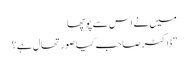
میں نے اس سے پوچھا
”ڈاکٹر صاحب کیا صورتحال ہے؟